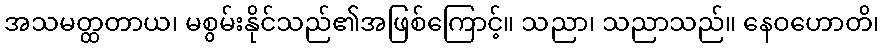
အသမတ္ထတာယ၊ မစွမ်းနိုင်သည်၏အဖြစ်ကြောင့်။ သညာ၊ သညာသည်။ နေဝဟောတိ၊